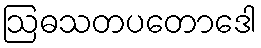
ဩဓသတပတောဒေါ